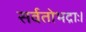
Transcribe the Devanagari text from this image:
सर्वतोभद्राः।